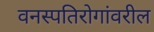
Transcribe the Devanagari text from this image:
वनस्पतिरोगांवरील